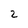
Character: 2